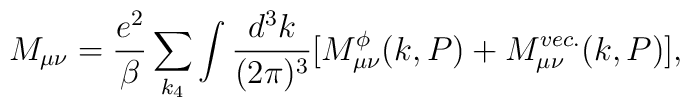
M_{\mu \nu} = \frac{e^2}{\beta} \sum \limits_{k_4 } \int \frac{d^3 k}{(2\pi)^3} [           M^{\phi}_{\mu \nu} (k, P) + M^{vec.}_{\mu \nu} (k,P)],